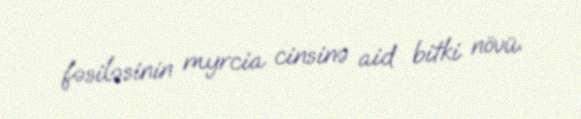
fəsiləsinin myrcia cinsinə aid bitki növü.